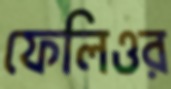
ফেলিওর